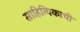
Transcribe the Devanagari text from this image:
साहित्यिकाची